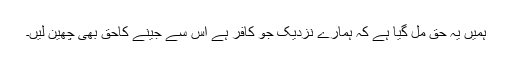
ہمیں یہ حق مل گیا ہے کہ ہمارے نزدیک جو کافر ہے اس سے جینے کاحق بھی چھین لیں۔